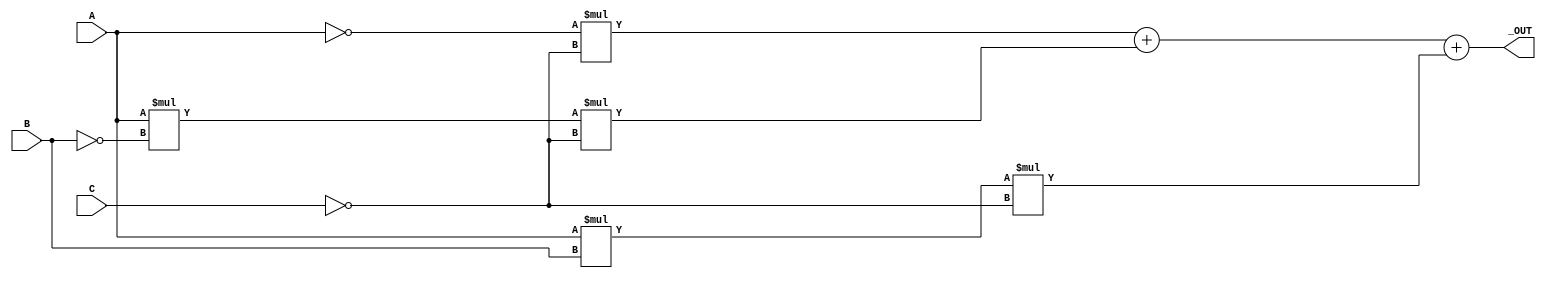
module _3INP_EVEN(_OUT,A,B,C);
//start

 //declare
 input A,B,C;
 output _OUT;
 
 //operate
 assign _OUT=(~A*~C)+(A*~B*~C)+(A*B*~C);

//esc
endmodule